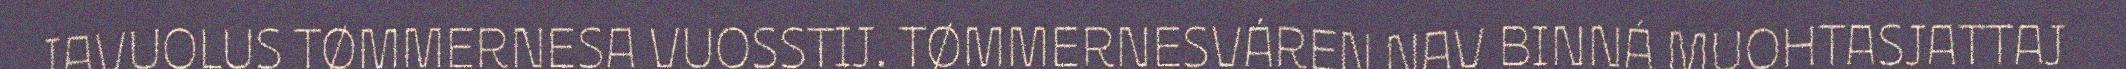
JAVUOLUS TØMMERNESA VUOSSTIJ. TØMMERNESVÁREN NAV BINNÁ MUOHTASJATTAJ